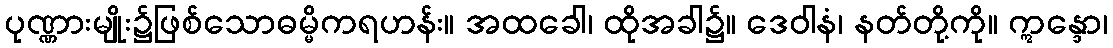
ပုဏ္ဏားမျိုး၌ဖြစ်သောဓမ္မိကရဟန်း။ အထခေါ၊ ထိုအခါ၌။ ဒေဝါနံ၊ နတ်တို့ကို။ ဣန္ဒော၊